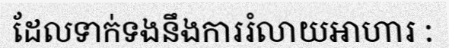
ដែលទាក់ទងនឹងការរំលាយអាហារ :